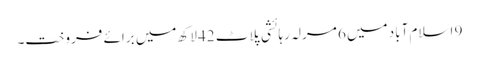
9 اسلام آباد میں 6 مرلہ رہائشی پلاٹ 42 لاکھ میں برائے فروخت۔